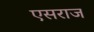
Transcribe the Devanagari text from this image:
एसराज